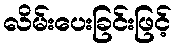
လိမ်းပေးခြင်းဖြင့်